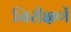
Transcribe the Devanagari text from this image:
निरीक्षणें